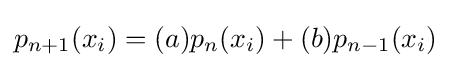
p_{n+1}(x_{i})=(a)p_{n}(x_{i})+(b)p_{n-1}(x_{i})